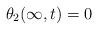
LaTeX: \begin{align*} \theta_2(\infty,t)=0\end{align*}